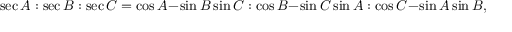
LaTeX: \sec A : \sec B : \sec C = \cos A - \sin B \sin C : \cos B - \sin C \sin A : \cos C - \sin A \sin B ,